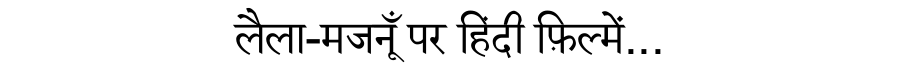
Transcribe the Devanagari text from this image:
लैला-मजनूँ पर हिंदी फ़िल्में...